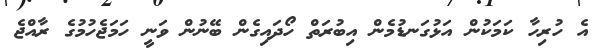
އެ ހުރިހާ ކަމަކުން އަޅުގަނޑުމެން އިބުރަތް ހޯދައިގެން ބޭނުން ވަނީ ހަމަޖެހުމުގެ ރާއްޖެ